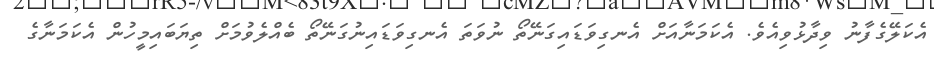
އެކަލޭގެފާނު ވިދާޅުވިއެވެ. އެކަމަނާއަށް އެނގިވަޑައިގަނޭތޯ ނުވަތަ އެނގިވަޑައިނުގަނޭތޯ ބެއްލެވުމަށް ތިޔަބައިމީހުން އެކަމަނާގެ